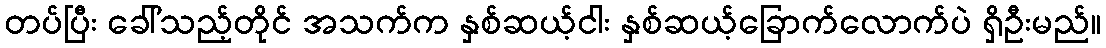
တပ်ပြီး ခေါ်သည့်တိုင် အသက်က နှစ်ဆယ့်ငါး နှစ်ဆယ့်ခြောက်လောက်ပဲ ရှိဦးမည်။